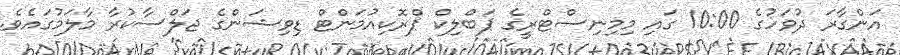
އަންގާރަ ދުވަހުގެ 10:00 ގައި މިމިނިސްޓްރީގެ ޕަބްލިކް ޕްރޮކިއުމަންޓް ޑިވިޝަންގެ ޖަލްސާކުރާ މާލަމުގައެވެ.